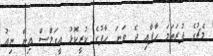
މެޗުގެ ފުރަތަމަ ހާފާއި ދެ ވަނަ ހާފުގެ ކުރީކޮޅު އީގަލްސް އިން ނިއު